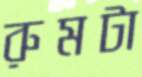
রুমটা